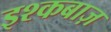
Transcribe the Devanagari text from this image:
इश्कबाज़